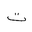
Letter: _ta